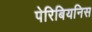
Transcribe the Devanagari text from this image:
पेरिबियनिस